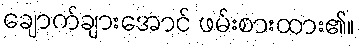
ချောက်ချားအောင် ဖမ်းစားထား၏။